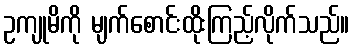
ဥကျုမိကို မျက်စောင်းထိုးကြည့်လိုက်သည်။